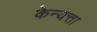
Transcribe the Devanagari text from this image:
केन्यत्ता